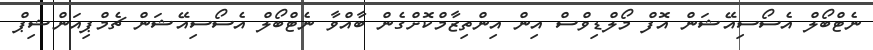
ނެޓްބޯލް އެސޯސިއޭޝަން އޮފް މޯލްޑިވްސް އިން އިންތިޒާމްކޮށްގެން ބާއްވާ ނެޓްބޯލް އެސޯސިއޭޝަން ޗެމްޕިއަންޝިޕް